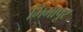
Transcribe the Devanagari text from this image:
भिमापूर